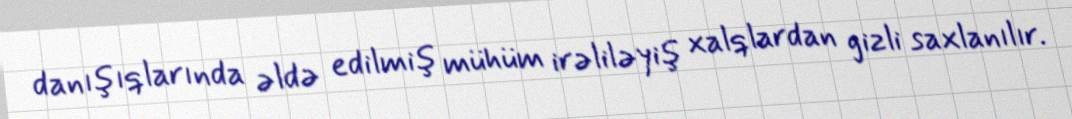
danışıqlarında əldə edilmiş mühüm irəliləyiş xalqlardan gizli saxlanılır.